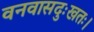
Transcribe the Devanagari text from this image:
वनवासदुःखतः।